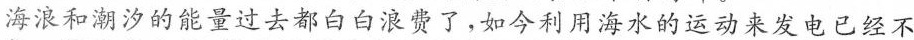
海浪和潮汐的能量过去都白白浪费了，如今利用海水的运动来发电已经不